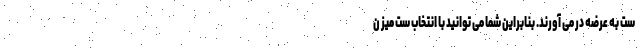
ست به عرضه در می آورند. بنابراین شما می توانید با انتخاب ست میز ن